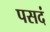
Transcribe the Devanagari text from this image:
पसदं